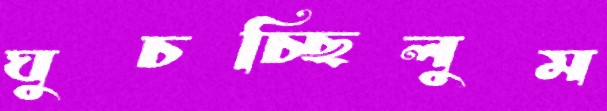
ঘুচচ্ছিলুম